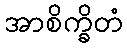
အာစိက္ခိတံ